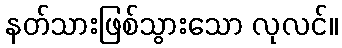
နတ်သားဖြစ်သွားသော လုလင်။